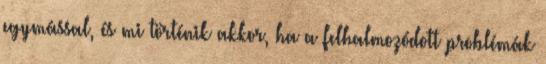
egymással, és mi történik akkor, ha a felhalmozódott problémák